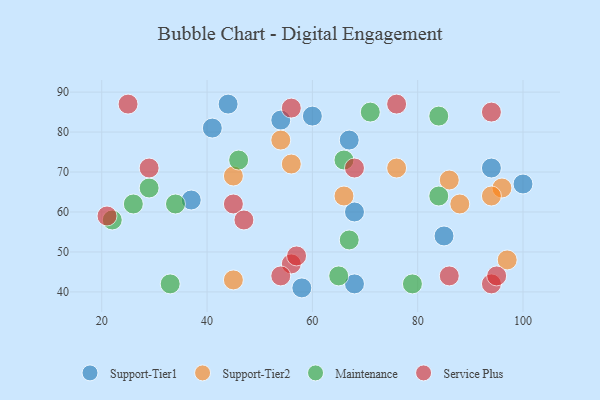
{"axis": {"x": "GDP", "y": "Life Expectancy"}, "legend": ["Maintenance", "Service Plus", "Support-Tier1", "Support-Tier2"], "data": [{"x": "54", "y": 83, "type": "Support-Tier1"}, {"x": "68", "y": 60, "type": "Support-Tier1"}, {"x": "44", "y": 87, "type": "Support-Tier1"}, {"x": "100", "y": 67, "type": "Support-Tier1"}, {"x": "60", "y": 84, "type": "Support-Tier1"}, {"x": "68", "y": 42, "type": "Support-Tier1"}, {"x": "41", "y": 81, "type": "Support-Tier1"}, {"x": "37", "y": 63, "type": "Support-Tier1"}, {"x": "58", "y": 41, "type": "Support-Tier1"}, {"x": "85", "y": 54, "type": "Support-Tier1"}, {"x": "94", "y": 71, "type": "Support-Tier1"}, {"x": "67", "y": 78, "type": "Support-Tier1"}, {"x": "96", "y": 66, "type": "Support-Tier2"}, {"x": "66", "y": 64, "type": "Support-Tier2"}, {"x": "45", "y": 43, "type": "Support-Tier2"}, {"x": "88", "y": 62, "type": "Support-Tier2"}, {"x": "54", "y": 78, "type": "Support-Tier2"}, {"x": "94", "y": 64, "type": "Support-Tier2"}, {"x": "45", "y": 69, "type": "Support-Tier2"}, {"x": "86", "y": 68, "type": "Support-Tier2"}, {"x": "97", "y": 48, "type": "Support-Tier2"}, {"x": "56", "y": 72, "type": "Support-Tier2"}, {"x": "76", "y": 71, "type": "Support-Tier2"}, {"x": "26", "y": 62, "type": "Maintenance"}, {"x": "67", "y": 53, "type": "Maintenance"}, {"x": "71", "y": 85, "type": "Maintenance"}, {"x": "46", "y": 73, "type": "Maintenance"}, {"x": "34", "y": 62, "type": "Maintenance"}, {"x": "79", "y": 42, "type": "Maintenance"}, {"x": "84", "y": 84, "type": "Maintenance"}, {"x": "29", "y": 66, "type": "Maintenance"}, {"x": "65", "y": 44, "type": "Maintenance"}, {"x": "33", "y": 42, "type": "Maintenance"}, {"x": "84", "y": 64, "type": "Maintenance"}, {"x": "66", "y": 73, "type": "Maintenance"}, {"x": "22", "y": 58, "type": "Maintenance"}, {"x": "45", "y": 62, "type": "Service Plus"}, {"x": "94", "y": 42, "type": "Service Plus"}, {"x": "68", "y": 71, "type": "Service Plus"}, {"x": "95", "y": 44, "type": "Service Plus"}, {"x": "56", "y": 47, "type": "Service Plus"}, {"x": "57", "y": 49, "type": "Service Plus"}, {"x": "94", "y": 85, "type": "Service Plus"}, {"x": "25", "y": 87, "type": "Service Plus"}, {"x": "76", "y": 87, "type": "Service Plus"}, {"x": "54", "y": 44, "type": "Service Plus"}, {"x": "29", "y": 71, "type": "Service Plus"}, {"x": "47", "y": 58, "type": "Service Plus"}, {"x": "86", "y": 44, "type": "Service Plus"}, {"x": "56", "y": 86, "type": "Service Plus"}, {"x": "21", "y": 59, "type": "Service Plus"}]}